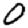
Digit: 0